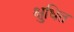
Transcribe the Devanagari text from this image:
क्षुधित